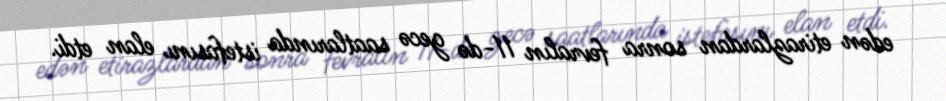
edən etirazlardan sonra fevralın 11-də gecə saatlarında istefasını elan etdi.